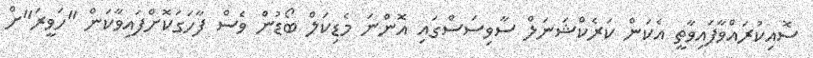
ސޮއިކުރައްވާފައިވާތީ އެކަން ކަރެކްޝަނަލް ސާވިސަސްގައި އޮންނަ މެޑިކަލް ބޯޑުން ވެސް ފާހަގަކޮށްފައިވާކަން "ހަވީރަ"ށް